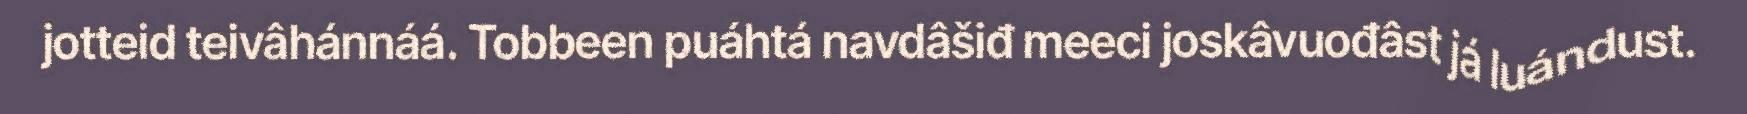
jotteid teivâhánnáá. Tobbeen puáhtá navdâšiđ meeci joskâvuođâst já luándust.